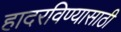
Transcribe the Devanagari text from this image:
हादरविण्यासाठी